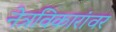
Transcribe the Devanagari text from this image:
नेत्रविकारांवर